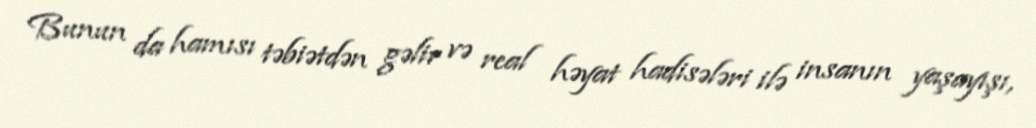
Bunun da hamısı təbiətdən gəlir və real həyat hadisələri ilə insanın yaşayışı,